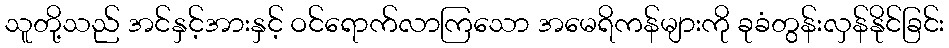
သူတို့သည် အင်နှင့်အားနှင့် ဝင်ရောက်လာကြသော အမေရိကန်များကို ခုခံတွန်းလှန်နိုင်ခြင်း